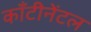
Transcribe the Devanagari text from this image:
काँटीनेंटल